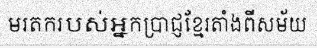
មរតករបស់អ្នកប្រាជ្ញខ្មែរតាំងពីសម័យ